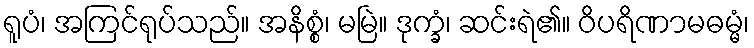
ရူပံ၊ အကြင်ရုပ်သည်။ အနိစ္စံ၊ မမြဲ။ ဒုက္ခံ၊ ဆင်းရဲ၏။ ဝိပရိဏာမဓမ္မံ၊